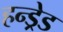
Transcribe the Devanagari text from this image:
हन्ड्रेड